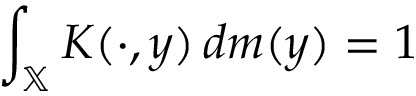
\int _ { \mathbb { X } } K ( \cdot , y ) \, d m ( y ) = 1